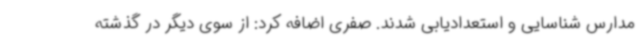
مدارس شناسایی و استعدادیابی شدند. صفری اضافه کرد: از سوی دیگر در گذشته